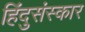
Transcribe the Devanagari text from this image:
हिंदुसंस्कार